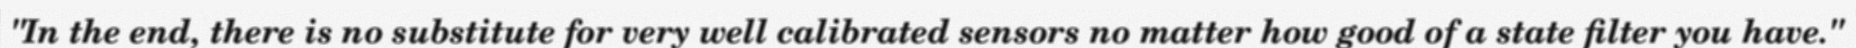
"In the end, there is no substitute for very well calibrated sensors no matter how good of a state filter you have."